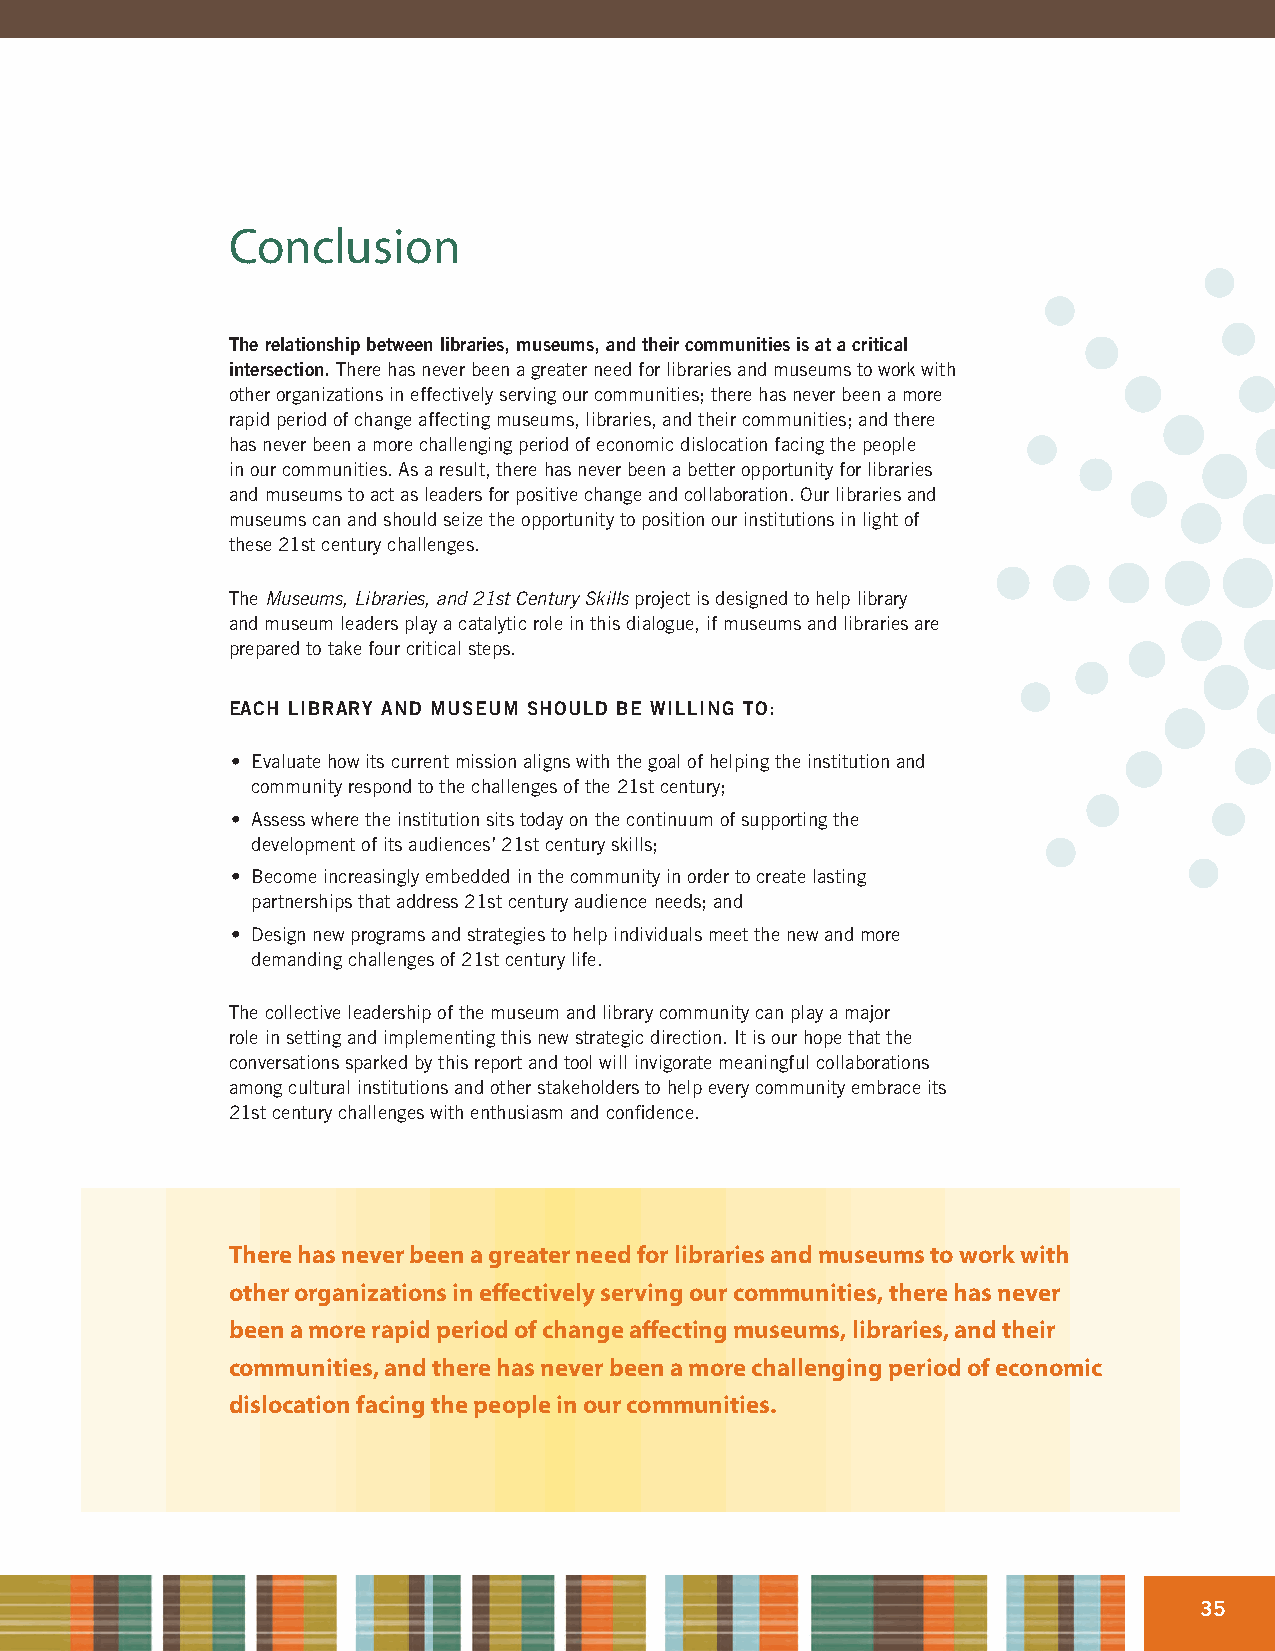
Conclusion
 The relationship between libraries, museums, and their communities is at a critical
 intersection. There has never been a greater need for libraries and museums to work with
 other organizations in effectively serving our communities; there has never been a more
 rapid period of change affecting museums, libraries, and their communities; and there
 has never been a more challenging period of economic dislocation facing the people
 in our communities. As a result, there has never been a better opportunity for libraries
 and museums to act as leaders for positive change and collaboration. Our libraries and
 museums can and should seize the opportunity to position our institutions in light of
 these 21st century challenges.
 The Museums, Libraries, and 21st Century Skills project is designed to help library
 and museum leaders play a catalytic role in this dialogue, if museums and libraries are
 prepared to take four critical steps.
 EACH LIBRARY AND MUSEUM SHOULD BE WILLING TO:
 • Evaluate how its current mission aligns with the goal of helping the institution and
 community respond to the challenges of the 21st century;
 • Assess where the institution sits today on the continuum of supporting the
 development of its audiences’ 21st century skills;
 • Become increasingly embedded in the community in order to create lasting
 partnerships that address 21st century audience needs; and
 • Design new programs and strategies to help individuals meet the new and more
 demanding challenges of 21st century life.
 The collective leadership of the museum and library community can play a major
 role in setting and implementing this new strategic direction. It is our hope that the
 conversations sparked by this report and tool will invigorate meaningful collaborations
 among cultural institutions and other stakeholders to help every community embrace its
 21st century challenges with enthusiasm and confidence.
 There has never been a greater need for libraries and museums to work with
 other organizations in effectively serving our communities, there has never
 been a more rapid period of change affecting museums, libraries, and their
 communities, and there has never been a more challenging period of economic
 dislocation facing the people in our communities.
 35